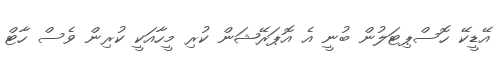
އޭޑީކޭ ހޮސްޕިޓަލުން ބުނީ އެ އޮޕަރޭޝަން ކުރި މީހާއަކީ ކުރިން ވެސް ހާޓް